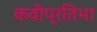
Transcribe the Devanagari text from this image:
कवीप्रतिभा